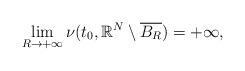
LaTeX: \begin{align*}\lim_{R \to +\infty} \nu(t_0,\mathbb{R}^N \setminus \overline{B_R}) = +\infty,\end{align*}